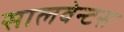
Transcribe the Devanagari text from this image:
सालवेन्टस